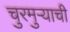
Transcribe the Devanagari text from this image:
चुरमुऱ्याची